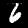
Digit: 6